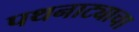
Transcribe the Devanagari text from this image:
पथनाट्याचा